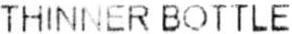
THINNER BOTTLE